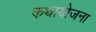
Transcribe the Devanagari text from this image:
कथायोजना